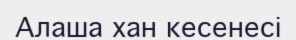
Алаша хан кесенесі